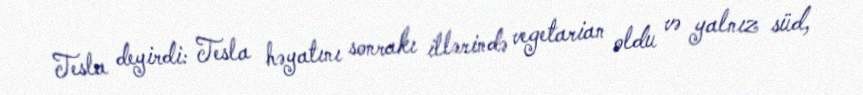
Tesla deyirdi: Tesla həyatını sonrakı illərində vegetarian oldu və yalnız süd,